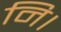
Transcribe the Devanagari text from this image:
नि।